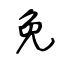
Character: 免